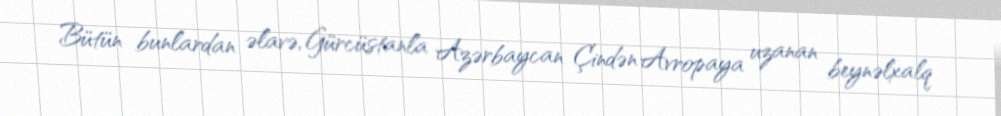
Bütün bunlardan əlavə, Gürcüstanla Azərbaycan Çindən Avropaya uzanan beynəlxalq